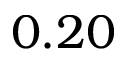
0 . 2 0